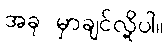
အခု မှာချင်လို့ပါ။